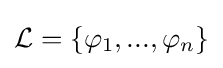
{\mathcal {L}}=\{\varphi _{1},...,\varphi _{n}\}